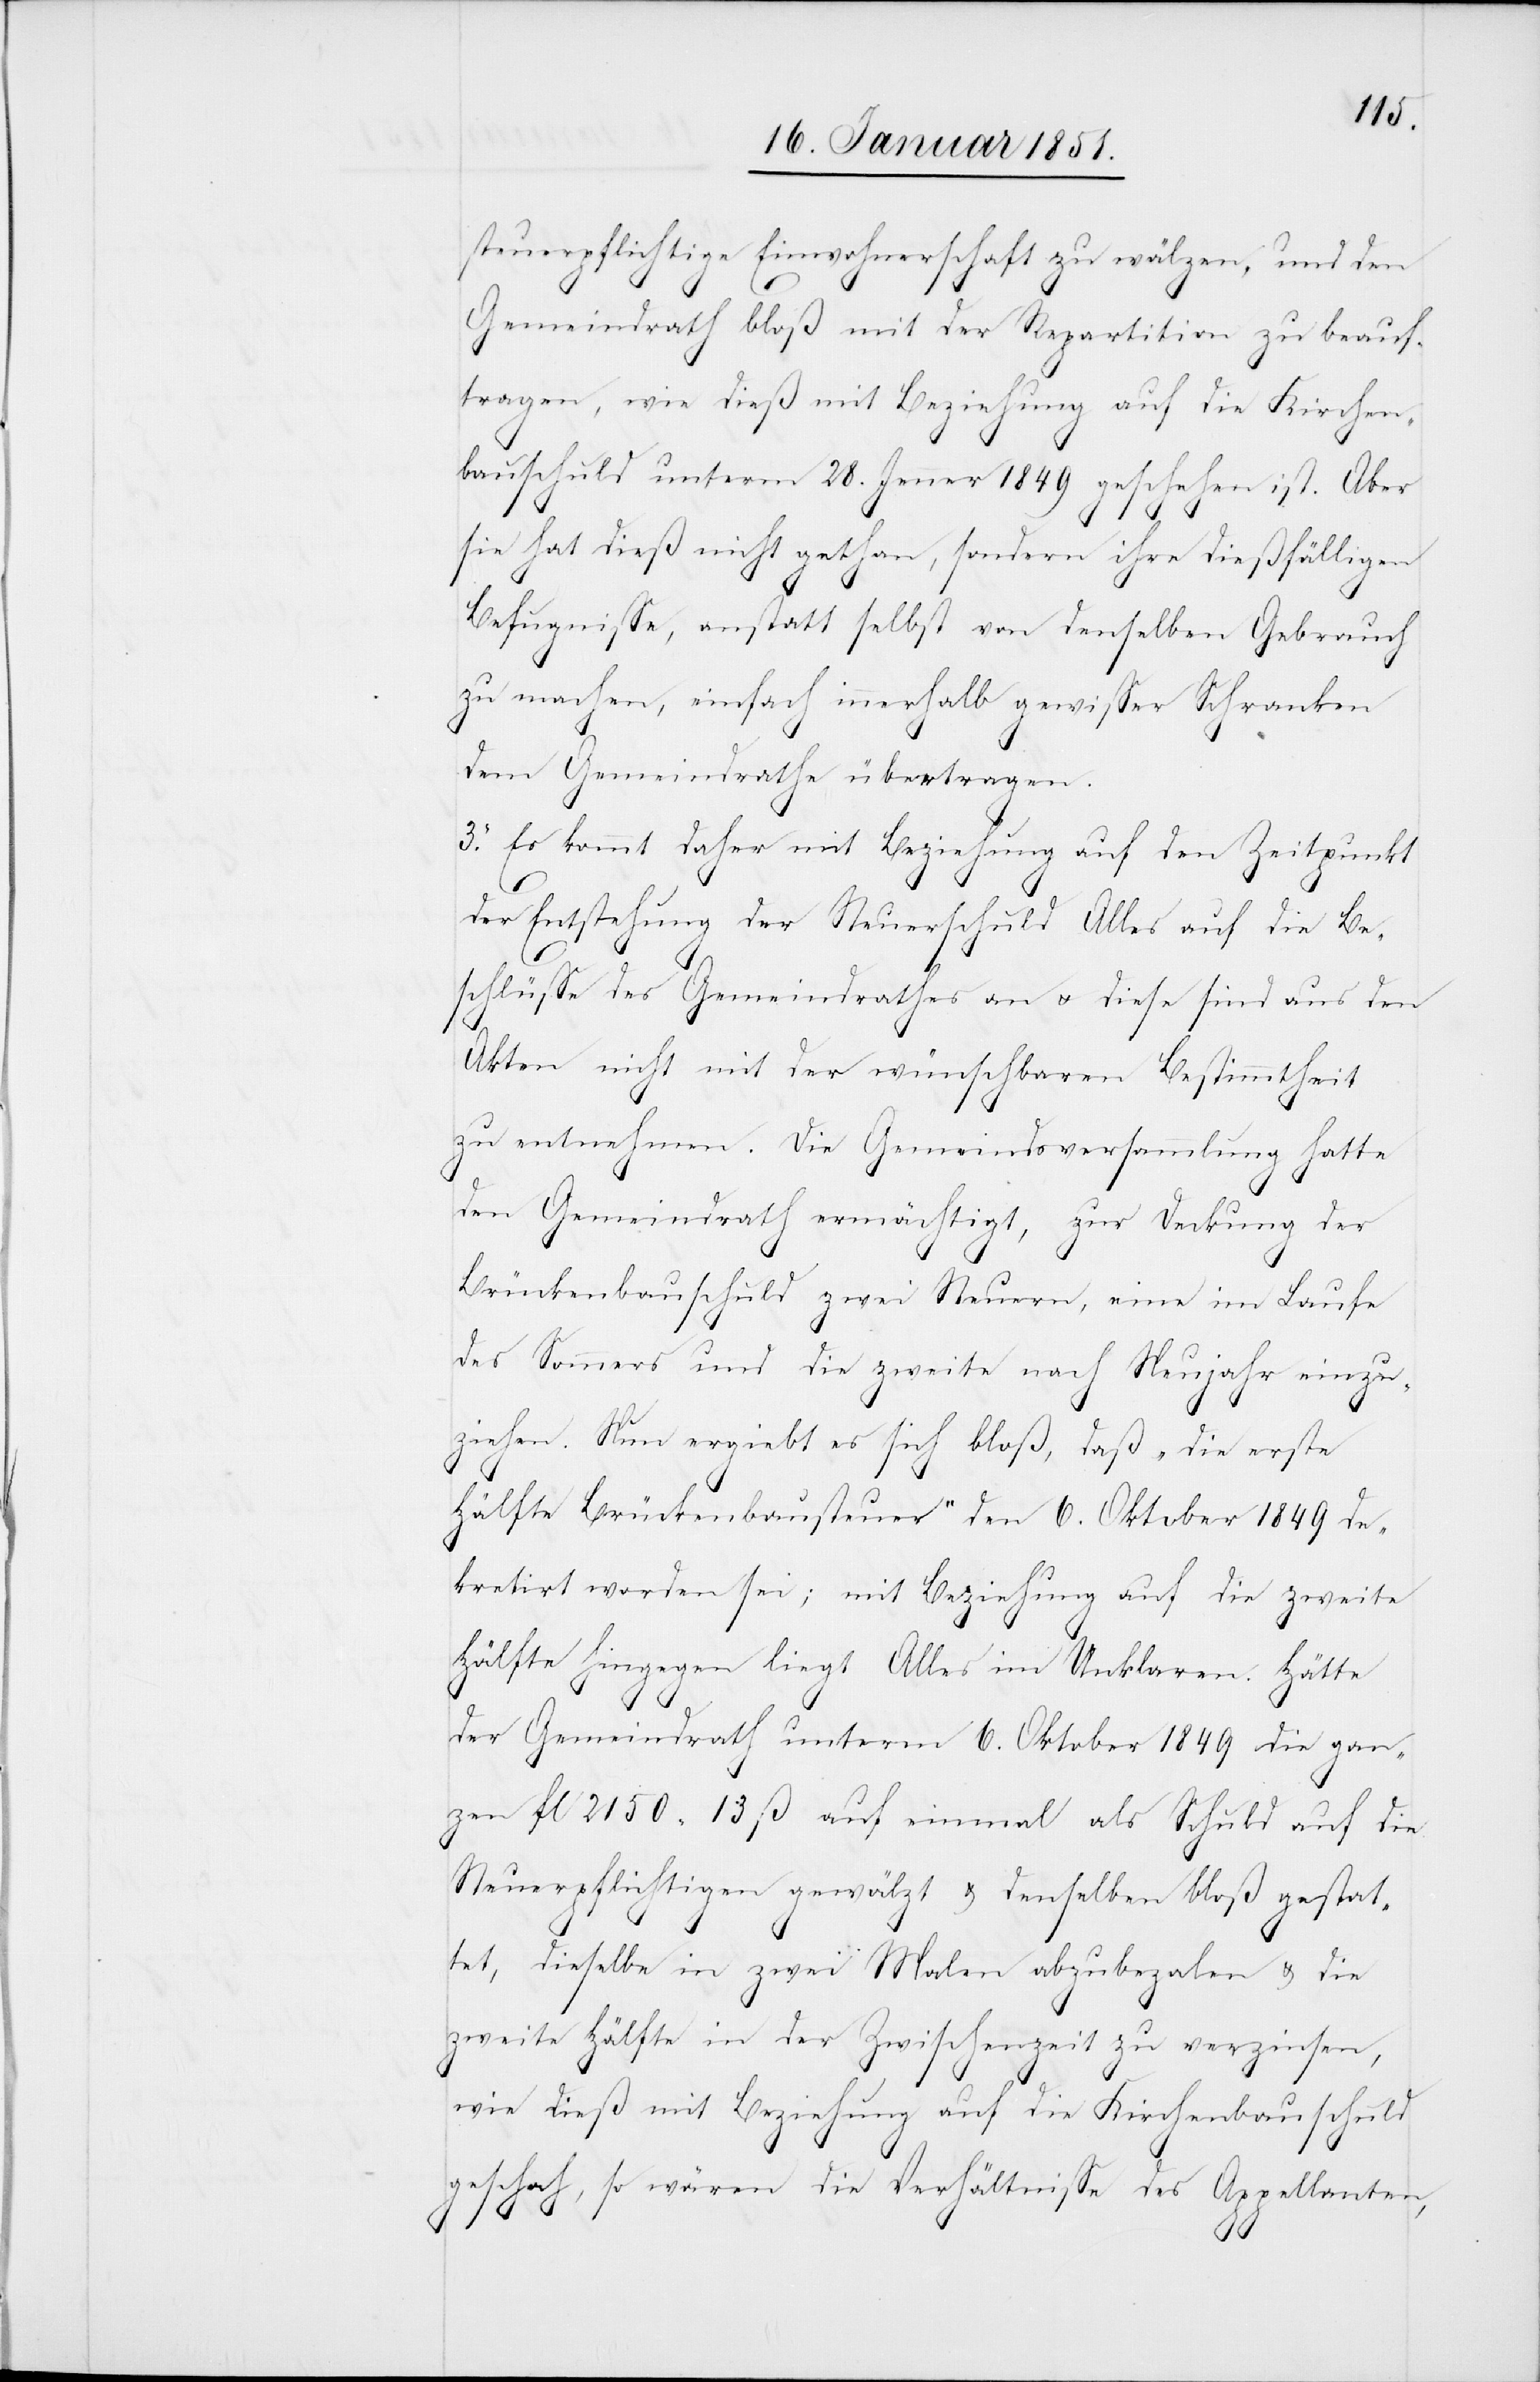
steuerpflichtige Einwohnerschaft zu wälzen, und den
Gemeindrath bloß mit der Repartition zu beauf¬
tragen, wie dieß mit Beziehung auf die Kirchen¬
bauschuld unterm 28. Jenner 1849 geschehen ist. Aber
sie hat dieß nicht gethan, sondern ihre dießfälligen
Befugnisse, anstatt selbst von denselben Gebrauch
zu machen, einfach innerhalb gewisser Schranken
dem Gemeindrathe übertragen.
3. Es kommt daher mit Beziehung auf den Zeitpunkt
der Entstehung der Steuerschuld Alles auf die Be¬
schlüsse des Gemeindrathes an u. diese sind aus den
Akten nicht mit der wünschbaren Bestimmtheit
zu entnehmen. Die Gemeindsversammlung hatte
den Gemeindrath ermächtigt, zur Deckung der
Brückenbauschuld zwei Steuern, eine im Laufe
des Sommers und die zweite nach Neujahr einzu¬
ziehen. Nun ergiebt es sich bloß, daß „die erste
Hälfte Brückenbausteuer“ den 6. Oktober 1849 de¬
kretirt worden sei; mit Beziehung auf die zweite
Hälfte hingegen liegt Alles im Unklaren. Hätte
der Gemeindrath unterm 6. Oktober 1849 die gan¬
zen fl 2150 13 ß auf einmal als Schuld auf die
Steuerpflichtigen gewälzt & denselben bloß gestat¬
tet, dieselbe in zwei Malen abzubeza[h]len & die
zweite Hälfte in der Zwischenzeit zu verzinsen,
wie dieß mit Beziehung auf die Kirchenbauschuld
geschah, so wären die Verhältnisse des Appellanten,